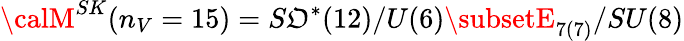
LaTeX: {\calM}^{SK}(n_{V}=15)=S\mathfrak{O}^{*}(12)/U(6)\subsetE_{7(7)}/SU(8)